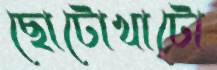
ছোটোখাটো